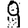
Digit: 9